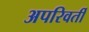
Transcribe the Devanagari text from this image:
अपरिवर्तीं